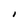
Character: I